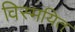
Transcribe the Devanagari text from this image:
विस्मयित